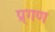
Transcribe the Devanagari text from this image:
प्र्गण